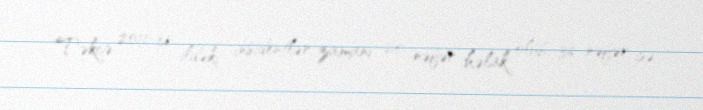
Təkcə 2011-ci ildəki insidentlər zamanı 20 nəfər həlak olub, 36 nəfər isə